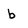
Character: b